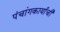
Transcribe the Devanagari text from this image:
पंचांगकार्याची